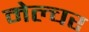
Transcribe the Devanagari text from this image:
मेल्चर